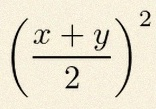
\left(\frac{x+y}{2}\right)^2